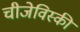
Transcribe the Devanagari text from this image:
चीजेविस्की